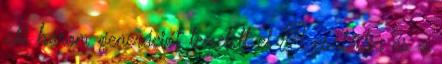
aki három generációt temetett el A családja és a